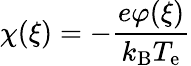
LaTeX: \chi(\xi)=-{\frac{e\varphi(\xi)}{k_{\mathrm{B}}T_{\mathrm{e}}}}